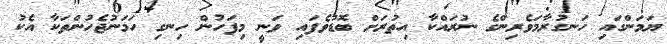
ޔަމަންގައި ހަނގުރާމަވެރިންގެ ނުރައްކާ އިތުރަށް ބޮޑުވެފައި ވަނީ މިފަހުން ހިނގި ހަމަނުޖެހުންތަކާ އެކު